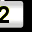
Digit: 2